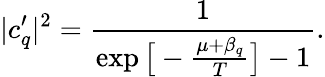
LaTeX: |c_{q}^{\prime}|^{2}=\frac{1}{\exp{\big[-\frac{\mu+\beta_{q}}{T}\big]}-1}.